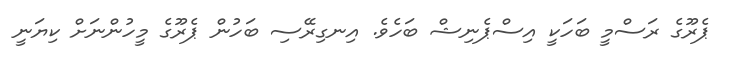
ޕެރޫގެ ރަސްމީ ބަހަކީ އިސްޕެނިޝް ބަހެވެ. އިނގިރޭސި ބަހުން ޕެރޫގެ މީހުންނަށް ކިޔަނީ